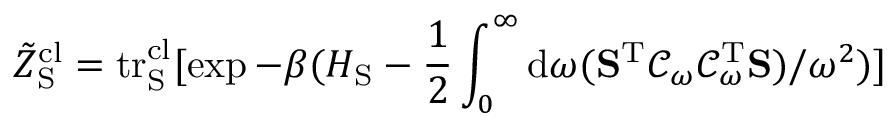
\tilde { Z } _ { \mathrm { S } } ^ { \mathrm { c l } } = \mathrm { t r } _ { \mathrm { S } } ^ { \mathrm { c l } } [ \exp { - \beta ( H _ { \mathrm { S } } - \frac { 1 } { 2 } \int _ { 0 } ^ { \infty } \mathrm { d } \omega ( \mathbf { S } ^ { \mathrm { T } } \mathcal { C } _ { \omega } \mathcal { C } _ { \omega } ^ { \mathrm { T } } \mathbf { S } ) / \omega ^ { 2 } ) } ]